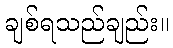
ချစ်ရသည်ချည်း။